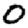
Digit: 0